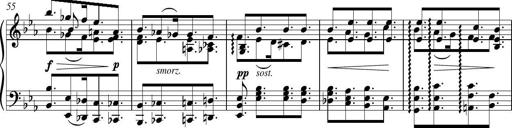
Title: Piano Sonatina in G major
Composer: Johan Peter Emilius Hartmann
Key: G major